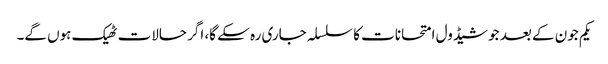
یکم جون کے بعد جو شیڈول امتحانات کا سلسلہ جاری رہ سکے گا، اگر حالات ٹھیک ہوں گے۔